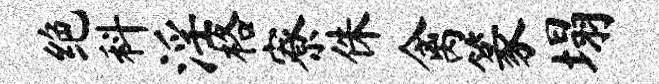
绝科淫格寮侏禽篆塌